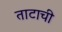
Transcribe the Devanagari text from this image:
ताटाची